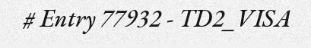
# Entry 77932 - TD2_VISA